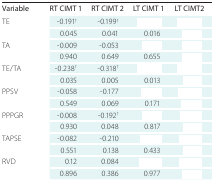
<table><thead><tr><td><b>Variable</b></td><td><b>RT CIMT 1</b></td><td><b>RT CIMT 2</b></td><td><b>LT CIMT 1</b></td><td><b>LT CIMT2</b></td></tr></thead><tbody><tr><td rowspan="2">TE</td><td>-0.191<sup>†</sup></td><td>-0.199<sup>†</sup></td><td>[EMPTY_CELL]</td><td>[EMPTY_CELL]</td></tr><tr><td>0.045</td><td>0.041</td><td>0.016</td><td>[EMPTY_CELL]</td></tr><tr><td rowspan="2">TA</td><td>-0.009</td><td>-0.053</td><td>[EMPTY_CELL]</td><td>[EMPTY_CELL]</td></tr><tr><td>0.940</td><td>0.649</td><td>0.655</td><td>[EMPTY_CELL]</td></tr><tr><td rowspan="2">TE/TA</td><td>-0.238<sup>†</sup></td><td>-0.318<sup>†</sup></td><td>[EMPTY_CELL]</td><td>[EMPTY_CELL]</td></tr><tr><td>0.035</td><td>0.005</td><td>0.013</td><td>[EMPTY_CELL]</td></tr><tr><td rowspan="2">PPSV</td><td>-0.058</td><td>-0.177</td><td>[EMPTY_CELL]</td><td>[EMPTY_CELL]</td></tr><tr><td>0.549</td><td>0.069</td><td>0.171</td><td>[EMPTY_CELL]</td></tr><tr><td rowspan="2">PPPGR</td><td>-0.008</td><td>-0.192<sup>†</sup></td><td>[EMPTY_CELL]</td><td>[EMPTY_CELL]</td></tr><tr><td>0.930</td><td>0.048</td><td>0.817</td><td>[EMPTY_CELL]</td></tr><tr><td rowspan="2">TAPSE</td><td>-0.082</td><td>-0.210</td><td>[EMPTY_CELL]</td><td>[EMPTY_CELL]</td></tr><tr><td>0.551</td><td>0.138</td><td>0.433</td><td>[EMPTY_CELL]</td></tr><tr><td rowspan="2">RVD</td><td>0.12</td><td>0.084</td><td>[EMPTY_CELL]</td><td>[EMPTY_CELL]</td></tr><tr><td>0.896</td><td>0.386</td><td>0.977</td><td>[EMPTY_CELL]</td></tr></tbody></table>